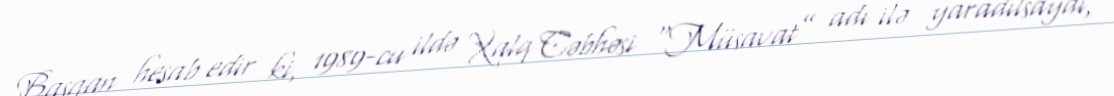
Başqan hesab edir ki, 1989-cu ildə Xalq Cəbhəsi “Müsavat” adı ilə yaradılsaydı,